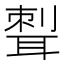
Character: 𦖝